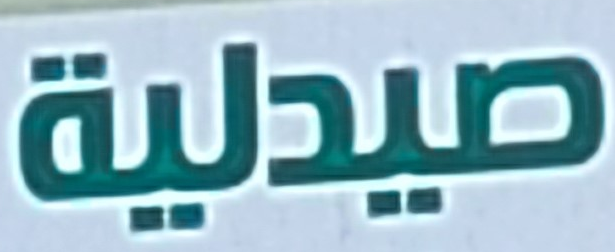
صيدلية